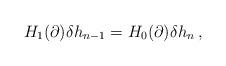
LaTeX: \begin{align*}H_1(\partial)\delta h_{n-1}=H_0(\partial)\delta h_n\,,\end{align*}